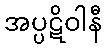
အပ္ပဋိဝါနီ